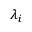
\lambda _ { i }